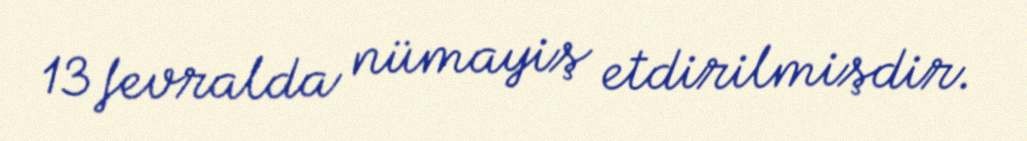
13 fevralda nümayiş etdirilmişdir.